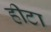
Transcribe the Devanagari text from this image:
हीटा